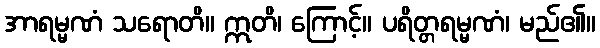
အာရမ္မဏံ သရောတိ။ ဣတိ၊ ကြောင့်။ ပရိတ္တရမ္မဏံ၊ မည်၏။